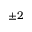
\pm 2